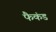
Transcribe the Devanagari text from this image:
फैकंड